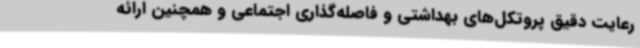
رعایت دقیق پروتکل‌های بهداشتی و فاصله‌گذاری اجتماعی و همچنین ارائه